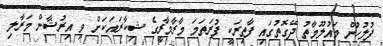
ފުލުހުން މައުލޫމާތު ދޭގޮތުގައި ފާތިރަކީ ފުރަތަމަ މާރާމާރީގެ ޝިކާރައަކަށް ވި އިރުޝާން މަރާލި